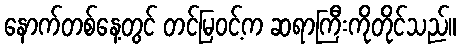
နောက်တစ်နေ့တွင် တင်မြဝင့်က ဆရာကြီးကိုတိုင်သည်။